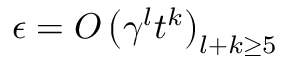
\epsilon = O \left( \gamma ^ { l } t ^ { k } \right) _ { l + k \geq 5 }